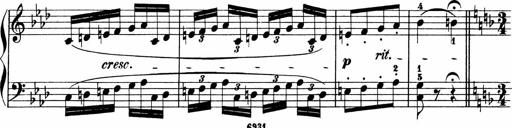
Title: 2 instructive Sonatinen
Composer: Paul Schumacher